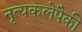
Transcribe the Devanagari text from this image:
नृत्यकलेपैकी